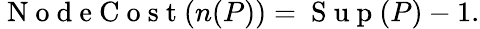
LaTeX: \begin{array}{r}{\mathrm{~N~o~d~e~C~o~s~t~}(n(P))=\mathrm{~S~u~p~}(P)-1.}\end{array}